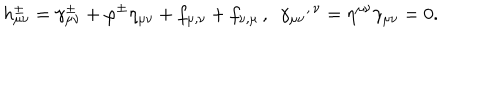
h _ { \mu \nu } ^ { \pm } = \gamma _ { \mu \nu } ^ { \pm } + \varphi ^ { \pm } \eta _ { \mu \nu } + f _ { \mu , \nu } + f _ { \nu , \mu } \, , \, \, \, { \gamma _ { \mu \nu } } ^ { , \, \nu } = \eta ^ { \mu \nu } \gamma _ { \mu \nu } = 0 .